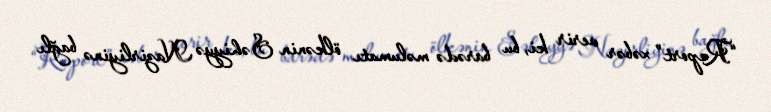
“Report” xəbər verir ki, bu barədə məlumatı ölkənin Səhiyyə Nazirliyinə bağlı